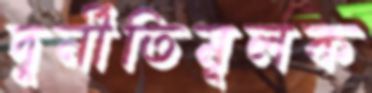
দুর্নীতিমূলক